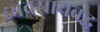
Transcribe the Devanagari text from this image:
व्यवसायबद्ध